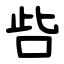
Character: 呰